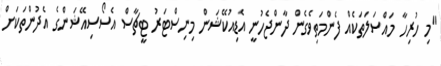
"މި ހުރިހާ މައްސަލަތަކެއް ފެންމަތިވެގެން ދާންޖެހުނީ އެޑިއުކޭޝަން މިނިސްޓަރު ޓީޗާސް އެސޯސިއޭޝަންގެ އެދުންތަކަށް